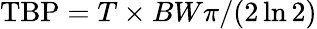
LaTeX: \mathrm{TBP}=T\times BW\pi/(2\ln 2)